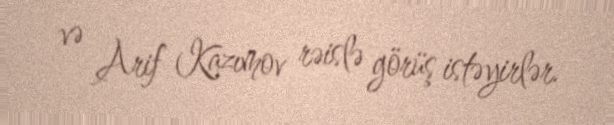
və Arif Kazımov rəislə görüş istəyirlər.